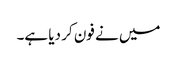
میں نے فون کر دیا ہے۔